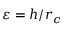
\varepsilon = h / { r _ { c } }